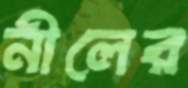
নীলের